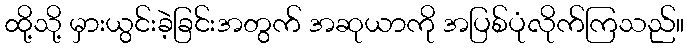
ထို့သို့ မှားယွင်းခဲ့ခြင်းအတွက် အဆုယာကို အပြစ်ပုံလိုက်ကြသည်။